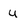
Character: u